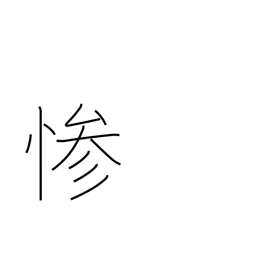
Meaning: cruelty